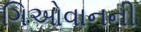
ગિઓવાનની